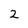
Character: 2